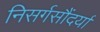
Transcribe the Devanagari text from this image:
निसर्गसौंदर्या